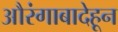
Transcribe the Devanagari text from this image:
औरंगाबादेहून